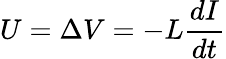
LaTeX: U=\Delta V=-L{\frac{dI}{dt}}